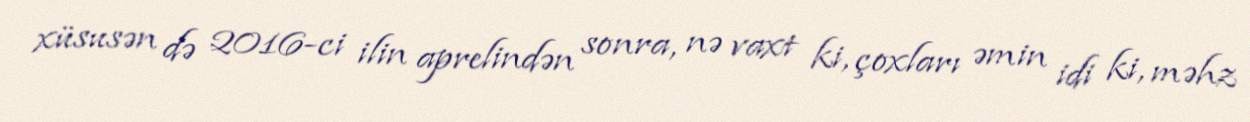
xüsusən də 2016-ci ilin aprelindən sonra, nə vaxt ki, çoxları əmin idi ki, məhz